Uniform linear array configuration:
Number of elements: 64
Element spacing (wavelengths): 1
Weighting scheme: exponential
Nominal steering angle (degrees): -45
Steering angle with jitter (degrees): -46.841
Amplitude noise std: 0.05
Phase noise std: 0.05

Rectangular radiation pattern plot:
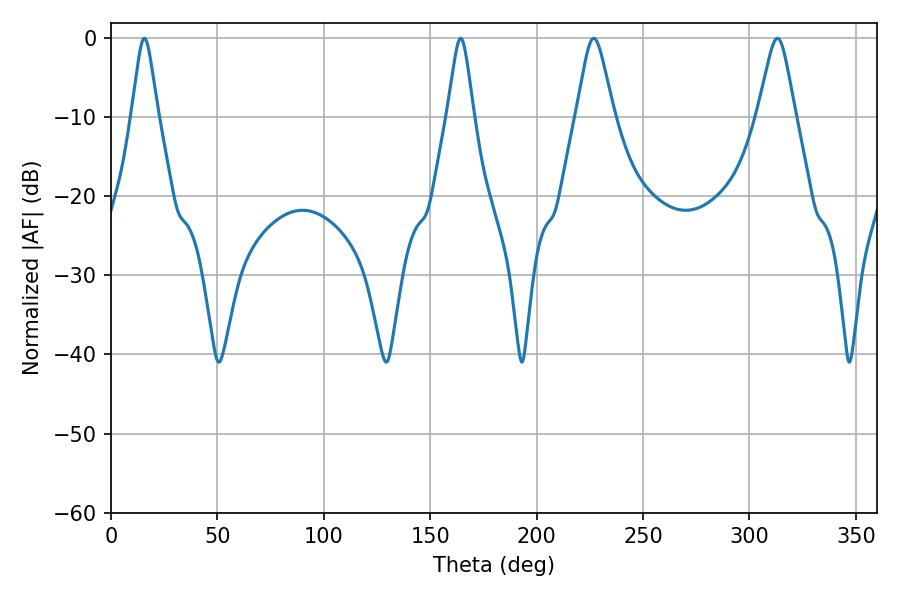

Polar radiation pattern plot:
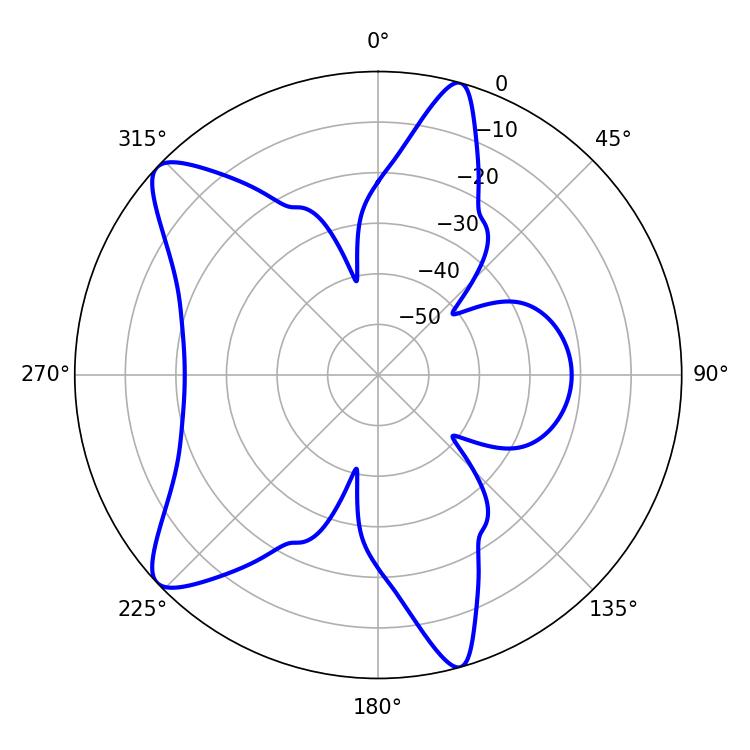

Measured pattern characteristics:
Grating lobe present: TRUE
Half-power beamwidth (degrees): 8.28
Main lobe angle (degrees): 226.8